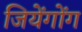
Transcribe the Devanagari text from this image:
जियेंगोंग